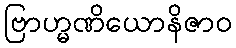
ဗြာဟ္မဏိယောနိဇာဝ